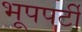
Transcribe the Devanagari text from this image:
भूपपर्टी